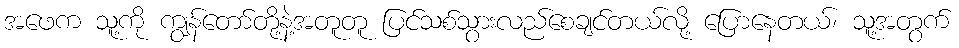
အဖေက သူ့ကို ကျွန်တော်တို့နဲ့အတူတူ ပြင်သစ်သွားလည်စေချင်တယ်လို့ ပြောနေတယ်၊ သူ့အတွက်